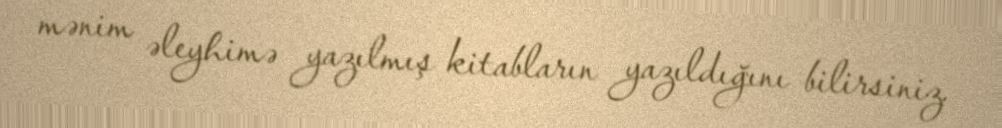
mənim əleyhimə yazılmış kitabların yazıldığını bilirsiniz.